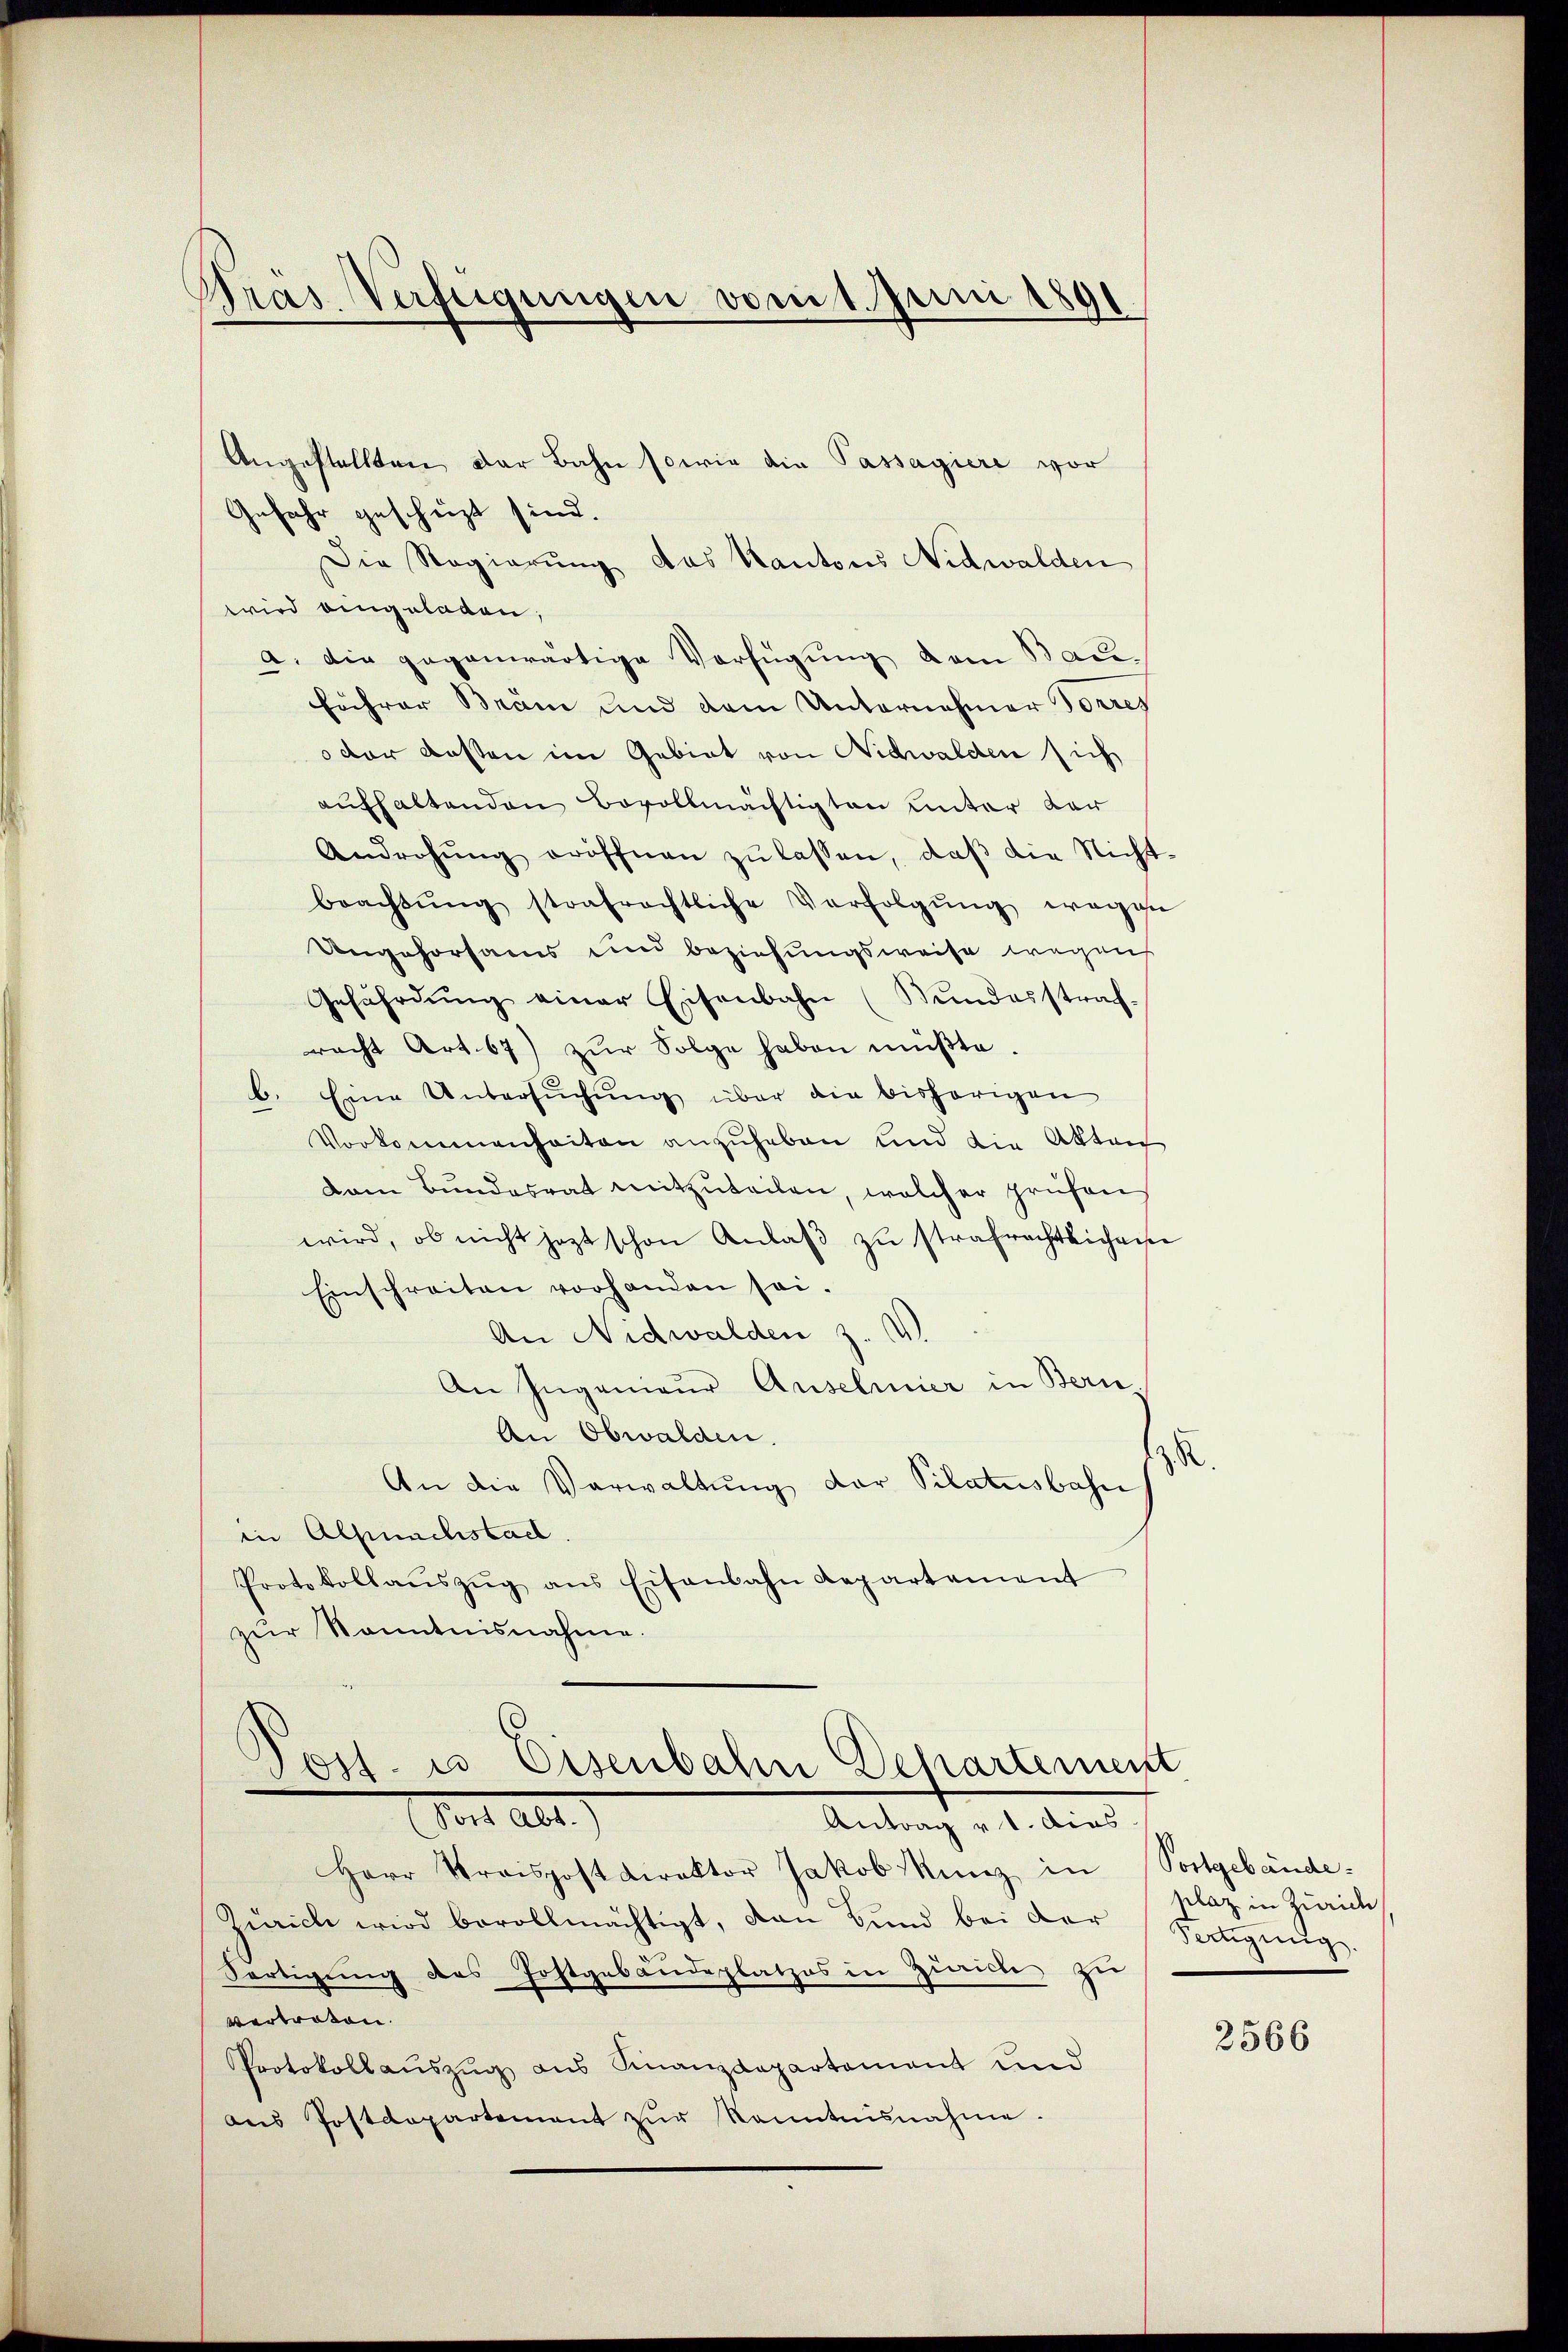
Präs. Verfügungen vom 1. Juni 1891

Angestellten der Bahn sowie die Passagiere vor
Gefahr geschüzt sind.
Die Regierung das Kantons Nidwalden
wird eingeladen;
a. Die gegenwärtige Verfügung dem Bau¬
Föhrer Bräm und dem Unternehmer Torres
der dessen im Gebiet von Nidwalden sich
aufhaltenden Bevollmächtigten unter dar
Androhŭng eröffnen zŭ lassen, daβ die Nicht
brachtŭng strafrechtliche Verfolgŭng wegese
Ungehorsams und beziehungsweise wegens
Gefährdŭng einer Eisenbahn (Bundesstraf-
racht Art. 67) zŭr Folge haben müβte.
b. Eine Untersŭchŭng über die bisherigen
Vorkommenheiten anzuheben und die Akten
dam Bundesrat mitzuteilen, welcher prüfen
wird, ob nicht jezt schon Anlaβ zŭ strafrechtlichen
Einschreiten vorhanden sei.
An Nidwalden z.
An Ingenieur Anselmier in Bern,
An Obwalden.
zu
An die Verwaltŭng der Pilatusbahn
in Alpurchstall.
Protokollaŭszŭg ans Eisenbahn Repartement
zur Kenntnisnahme.

Poss. u Eisenbahn Departement
Fort Art.
Antrag v. 1. dies

Herr Praispostdirektor Jakob Kunz in Postgebäude-
Zürich wird bevollmächtigt, dan Bŭnd bei der Sectigŭngs-
Fertigung des Jostgebäudeplatzes in Zwicke zu
vertreten.
Protokollauszug aus Finanzdepartement und
ans Postdepartement zŭr Kenntnisnahme.

plaz in Zürich

2566